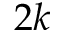
2 k